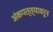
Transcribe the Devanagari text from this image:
अंकपत्त्यावरून